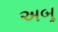
અબૂ